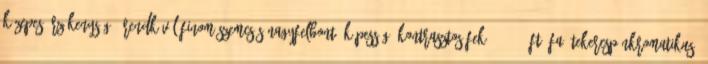
közepes érzékenységű, rendkívül finom szemcsés,nagyfelbontó képességű,kontrasztos fek. 937,50,-Ft Áfa tekercsPánkromatikus,